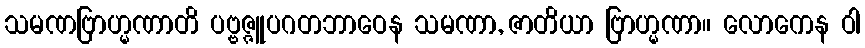
သမဏဗြာဟ္မဏာတိ ပဗ္ဗဇ္ဇူပဂတဘာဝေန သမဏာ, ဇာတိယာ ဗြာဟ္မဏာ။ လောကေန ဝါ